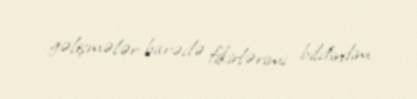
gəlişmələr barədə fikirlərimi bildirdim.